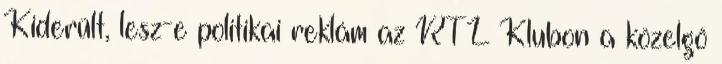
Kiderült, lesz-e politikai reklám az RTL Klubon a közelgő